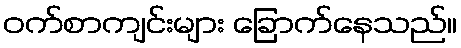
ဝက်စာကျင်းများ ခြောက်နေသည်။